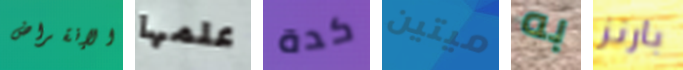
الإنقراض علمها كدة ميتين به بارنز